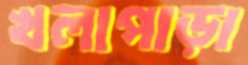
খলাপাড়া